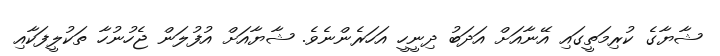
ޝާޔާގެ ކުރިމަތީގައި އޭނާއަށް އަދަބު ދިނީހީ އަހަރެންނެވެ. ޝާޔާއަށް އުފުލަން ޖެހުނުހާ ތަކުލީފަކާއި